Lunatic asylums United Prov. 1922-30 - 1922-1930
Year: 1922
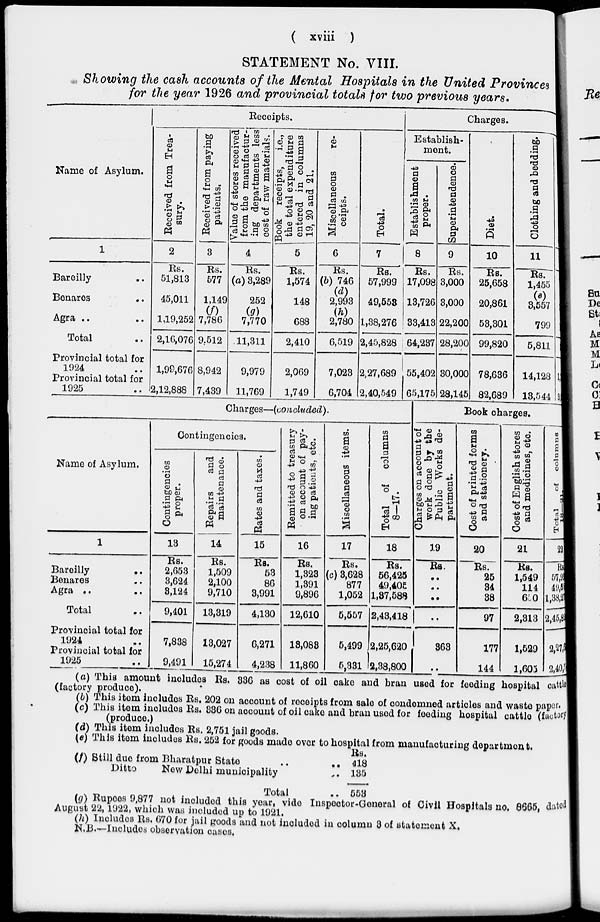
( xviii )
STATEMENT No. VIII.
Showing the cash accounts of the Mental Hospitals in the United Provinces
for the year 1926 and provincial totals for two previous years.
Name of Asylum.
1
Bareilly ..
Benares ..
Agra .. ..
Total ...
Provincial total for
1924 ..
Provincial total for
1925
..
Receipts.
Received from Trea-
sury.
2
Rs.
51,813
45,011
1,19,252
2,16,076
1,99,676
2,12,888
Received from paying
patients.
3
Rs.
577
1,149
(f)
7,786
9,512
8,942
7,439
Value of stores received
from the manufactur-
ing departments less
cost of raw materials.
4
Rs.
(a) 3,289
252
(g)
7,770
11,311
9,979
11,769
Book receipts,
i.e.,
the total expenditure
entered in columns
19, 20 and 21.
5
Rs.
1,574
148
688
2,410
2,069
1,749
Miscellaneous
re-
ceipts.
6
Rs.
(b) 746
(d)
2,993
(h)
2,780
6,519
7,023
6,704
Total.
7
Rs.
57,999
49,553
1,38,276
2,45,828
2,27,689
2,40,549
Charges.
Establish-
ment.
Establishment
proper.
8
Rs.
17,098
13,726
33,413
64,237
55,402
65,175
Superintendence.
9
Rs.
3,000
3,000
22,200
28,200
30,000
28,145
Diet.
10
Rs.
25,658
20,861
53,301
99,820
78,636
82,689
Clothing and beddin
11
Rs.
1,455
(e)
3,557
799
5,811
14,128
13,544
1,
3
Charges—(concluded).
Name of Asylum.
1
Bareilly
..
Benares ..
Agra .. ..
Total ..
Provincial total for
1924 ..
Provincial total for
1925 ..
Contingencies.
Contingencies
proper.
13
Rs.
2,653
3,624
3,124
9,401
7,838
9,491
Repairs
and
maintenance.
14
Rs.
1,509
2,100
9,710
13,319
13,027
15,274
Rates and taxes.
15
Rs.
53
86
3,991
4,130
6,271
4,238
Remitted to treasury
on account of pay-
ing patients, etc.
16
Rs.
1,323
1,391
9,896
12,610
13,083
11,860
Miscellaneous items.
17
Rs.
(c) 3,628
877
1,052
5,557
5,499
5,331
Total of columns
8—17.
18
Rs.
56,425
49,405
1,37,588
2,43,418
2,25,620
2,38,800
Book charges.
Charges on account of
work done by the
Public Works de-
partment.
19
Rs.
..
..
..
..
363
..
Cost of printed forms
and stationery.
20
Rs.
25
34
38
97
177
144
Cost of English stores
and medicines, etc.
21
Rs.
1,549
114
650
2,313
1,529
1,605
Total
of
columns
18—91.
22
Rs.
57,99
49,55
1,38,27
2,45,82
2,27,6
2,40,5
(a) This amount includes Rs. 336 as cost of oil cake and bran used for feeding hospital cattle
(factory produce).
(b) This item includes Rs. 202 on account of receipts from sale of condemned articles and waste paper.
(c) This item includes Rs. 336 on account of oil cake and bran used for feeding hospital cattle (factory
(produce.)
(d) This item includes Rs. 2,751 jail goods.
(e) This item includes Rs. 252 for goods made over to hospital from manufacturing department.
(f) Still due from Bharatpur State .. ..
Ditto
New Delhi municipality ..
Total ..
Rs.
418
135
553
(g) Rupees 9,877 not included this year, vide Inspector-General of Civil Hospitals no. 8665, dated
August 22, 1922, which was included up to 1921.
(h) Includes Rs. 670 for jail goods and not included in column 3 of statement X.
N.B.—Includes observation cases.